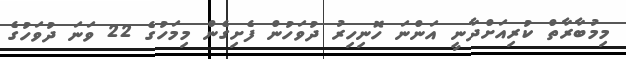
މިމުބާރާތް ކުރިއަށްދާނީ އަންނަ ހޮނިހިރު ދުވަހުން ފެށިގެން މިމަހުގެ 22 ވަނަ ދުވަހުގެ